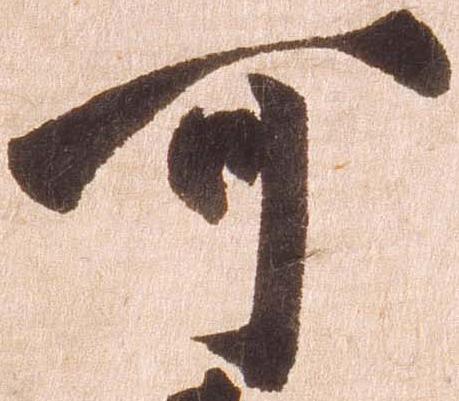
可